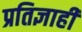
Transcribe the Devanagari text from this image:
प्रतिज्ञाही